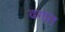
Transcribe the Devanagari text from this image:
ढगात